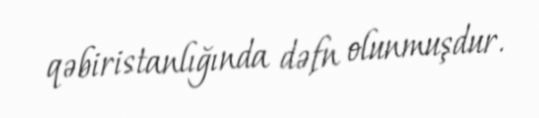
qəbiristanlığında dəfn olunmuşdur.